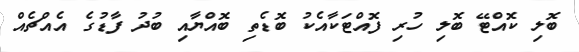
ބޮލި ކޮއްޓޭ ބޮލި ހުރި ފޮއްޓަކާއެކު ބޮޑެތި ބޮއްޔާއި ބުދު ފާޑުގެ އެއްޗެއް